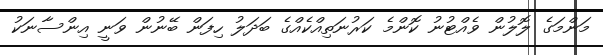
މަންމަގެ ލޮލުން ވެއްޓުނު ކޮންމެ ކަރުނަތިއްކެއްގެ ބަދަލު ހިފަން ބޭނުން ވަނީ އިންސާނަކު